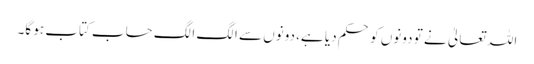
اللہ تعالیٰ نے تو دونوں کو حکم دیا ہے، دونوں سے الگ الگ حساب کتاب ہو گا۔